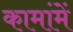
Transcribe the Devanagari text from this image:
कामांमें